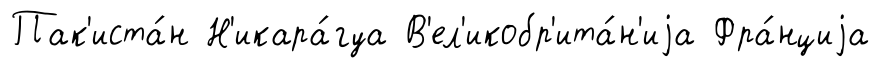
Пак'иста́н Н'икара́гуа В'ел'икобр'ита́н'иjа Фра́нциjа